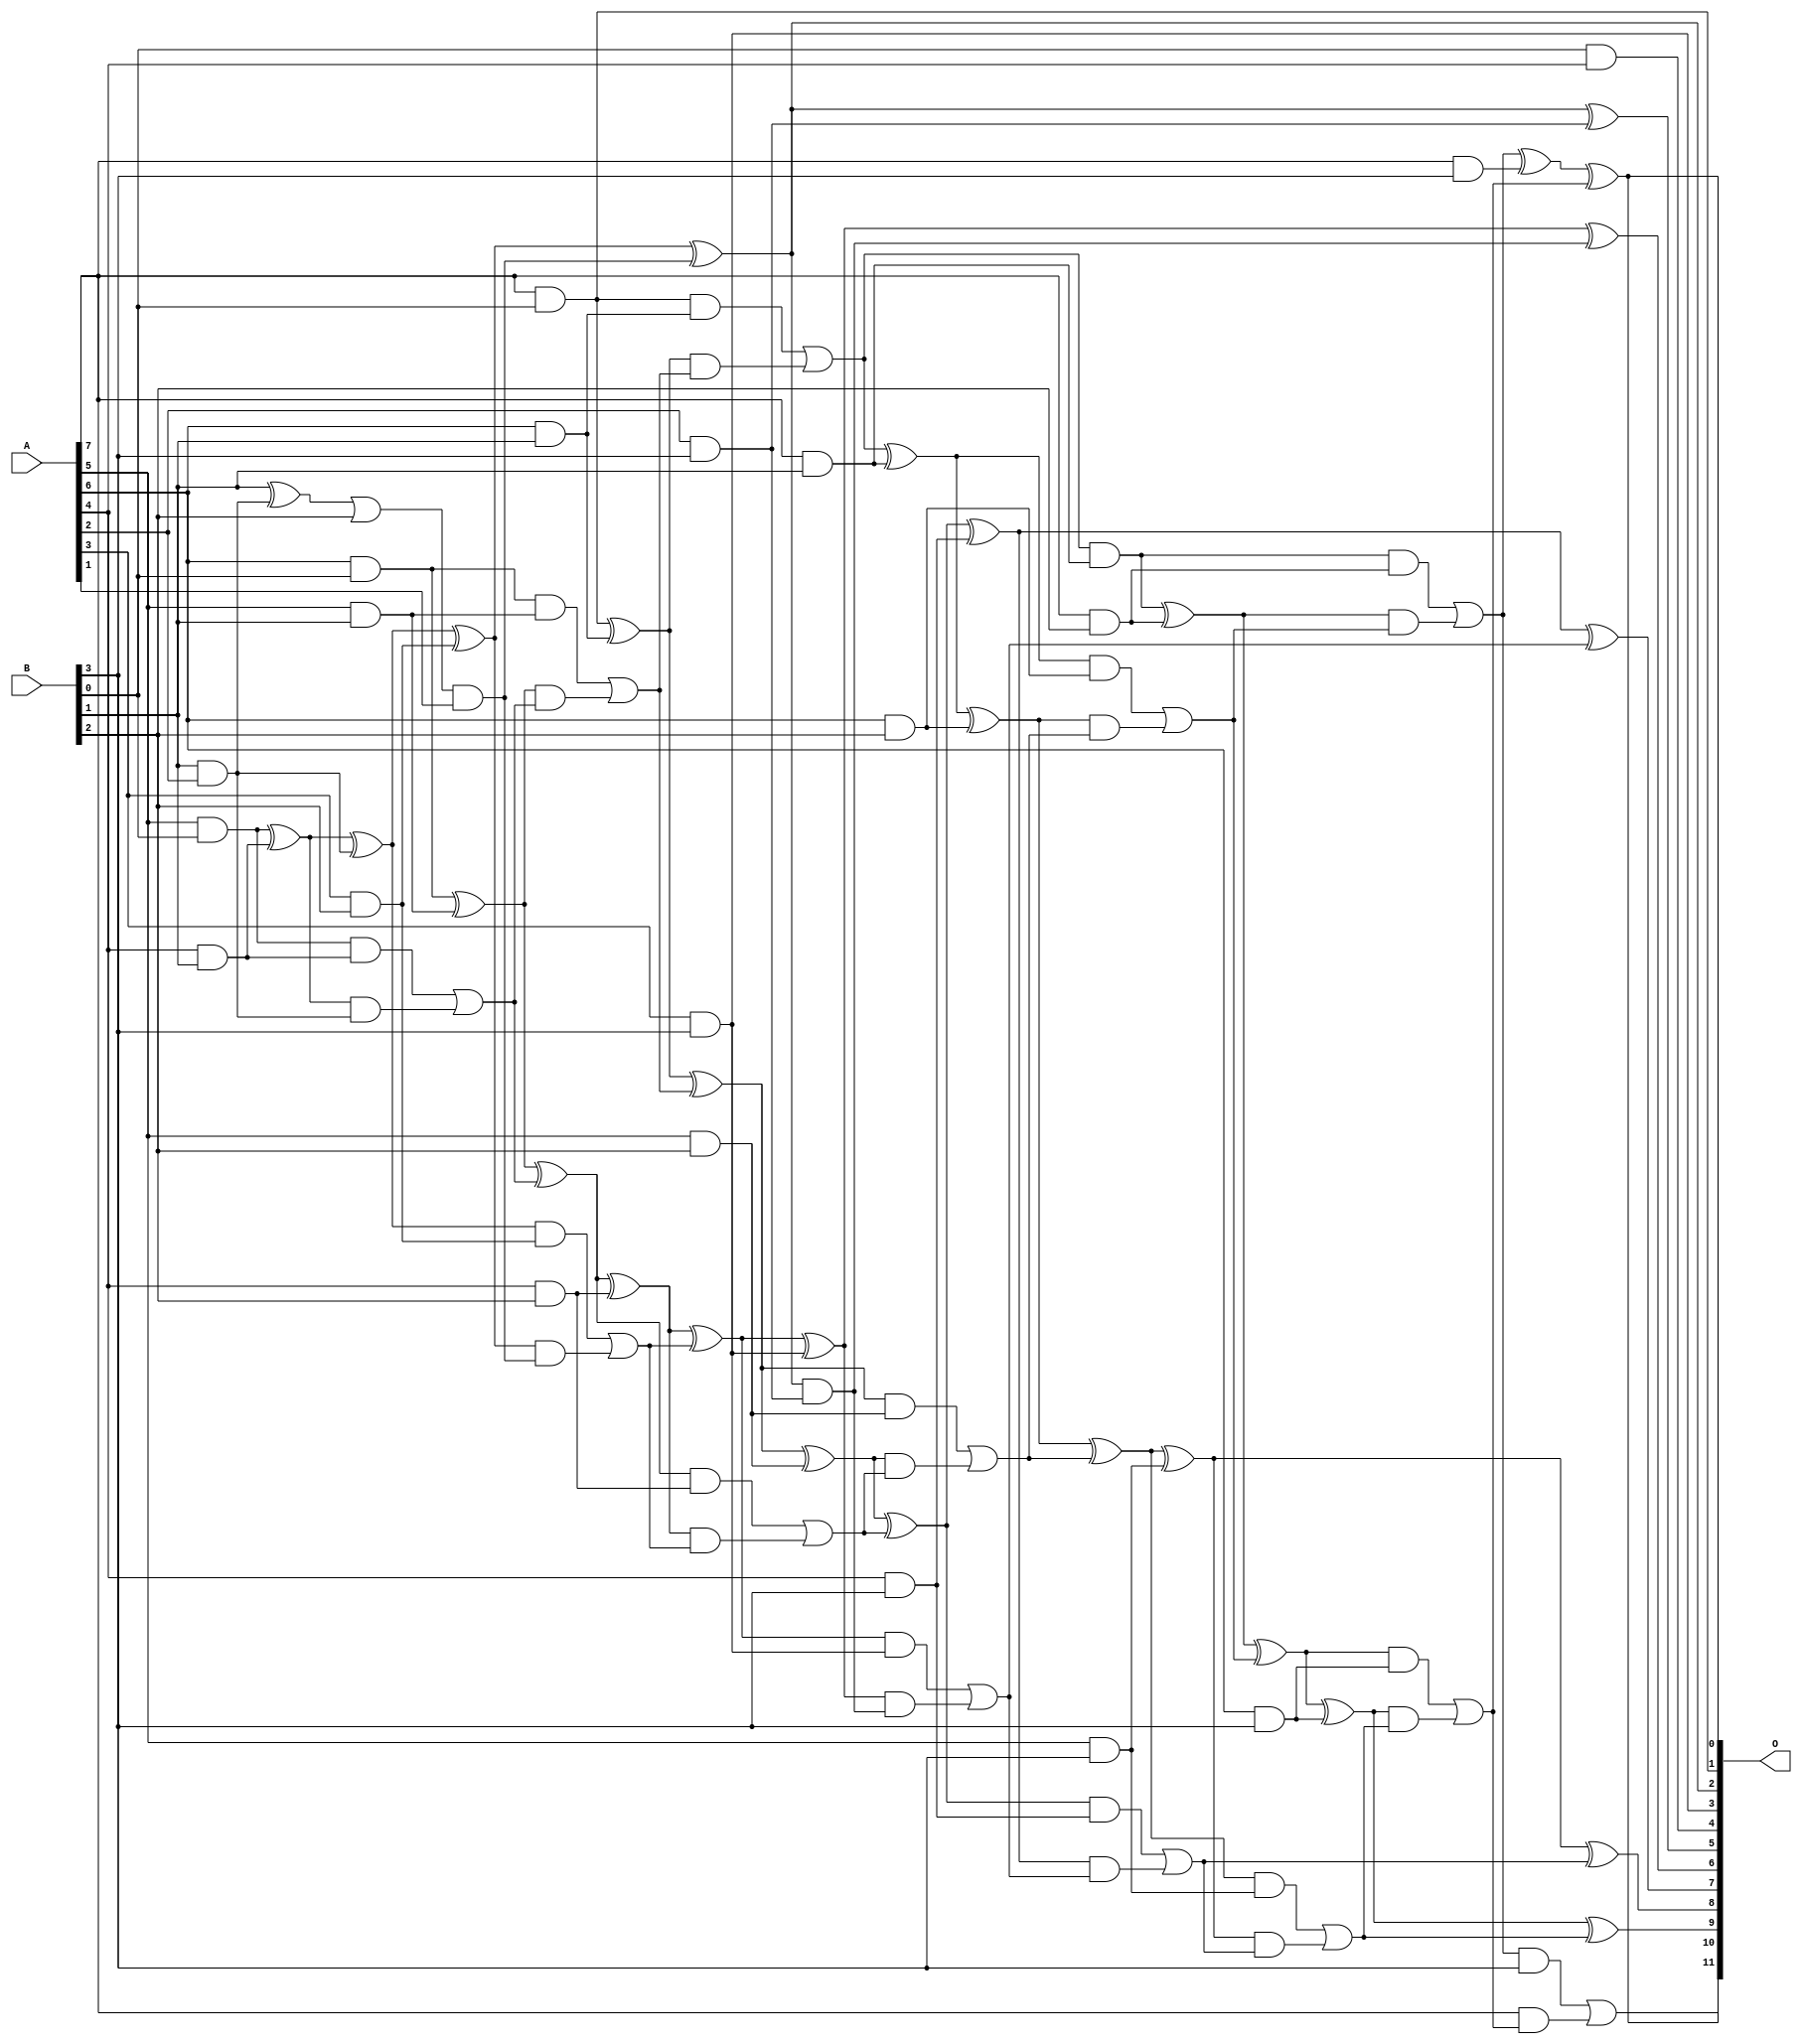
/***
* This code is a part of EvoApproxLib library (ehw.fit.vutbr.cz/approxlib) distributed under The MIT License.
* When used, please cite the following article(s): V. Mrazek, L. Sekanina, Z. Vasicek "Libraries of Approximate Circuits: Automated Design and Application in CNN Accelerators" IEEE Journal on Emerging and Selected Topics in Circuits and Systems, Vol 10, No 4, 2020 
* This file contains a circuit from a sub-set of pareto optimal circuits with respect to the pwr and wce parameters
***/
// MAE% = 0.26 %
// MAE = 11 
// WCE% = 0.81 %
// WCE = 33 
// WCRE% = 800.00 %
// EP% = 88.33 %
// MRE% = 5.76 %
// MSE = 189 
// PDK45_PWR = 0.092 mW
// PDK45_AREA = 205.6 um2
// PDK45_DELAY = 0.85 ns

module mul8x4u_29J (
    A,
    B,
    O
);

input [7:0] A;
input [3:0] B;
output [11:0] O;

wire sig_17,sig_18,sig_19,sig_24,sig_25,sig_26,sig_27,sig_32,sig_42,sig_43,sig_45,sig_46,sig_47,sig_48,sig_49,sig_50,sig_51,sig_52,sig_53,sig_54;
wire sig_55,sig_56,sig_57,sig_58,sig_59,sig_60,sig_61,sig_65,sig_66,sig_67,sig_68,sig_69,sig_77,sig_79,sig_82,sig_83,sig_84,sig_85,sig_86,sig_87;
wire sig_88,sig_89,sig_90,sig_91,sig_92,sig_93,sig_94,sig_95,sig_96,sig_97,sig_98,sig_99,sig_100,sig_101,sig_102,sig_103,sig_104,sig_105,sig_106,sig_109;
wire sig_110,sig_111,sig_112,sig_113,sig_114,sig_122,sig_123,sig_127,sig_128,sig_129,sig_130,sig_131,sig_132,sig_133,sig_134,sig_135,sig_136,sig_137,sig_138,sig_139;
wire sig_140,sig_141,sig_142,sig_143,sig_144,sig_145,sig_146,sig_147,sig_148,sig_149,sig_150,sig_151;

assign sig_17 = A[5] & B[0];
assign sig_18 = A[6] & B[0];
assign sig_19 = A[7] & B[0];
assign sig_24 = A[4] & B[1];
assign sig_25 = A[5] & B[1];
assign sig_26 = A[6] & B[1];
assign sig_27 = A[7] & B[1];
assign sig_32 = B[0] & A[4];
assign sig_42 = B[1] & A[2];
assign sig_43 = B[1] ^ sig_42;
assign sig_45 = sig_17 ^ sig_24;
assign sig_46 = sig_17 & sig_24;
assign sig_47 = sig_45 & sig_42;
assign sig_48 = sig_45 ^ sig_42;
assign sig_49 = sig_46 | sig_47;
assign sig_50 = sig_18 ^ sig_25;
assign sig_51 = sig_18 & sig_25;
assign sig_52 = sig_50 & sig_49;
assign sig_53 = sig_50 ^ sig_49;
assign sig_54 = sig_51 | sig_52;
assign sig_55 = sig_19 ^ sig_26;
assign sig_56 = sig_19 & sig_26;
assign sig_57 = sig_55 & sig_54;
assign sig_58 = sig_55 ^ sig_54;
assign sig_59 = sig_56 | sig_57;
assign sig_60 = sig_59 & sig_27;
assign sig_61 = sig_59 ^ sig_27;
assign sig_65 = A[3] & B[2];
assign sig_66 = A[4] & B[2];
assign sig_67 = A[5] & B[2];
assign sig_68 = A[6] & B[2];
assign sig_69 = A[7] & B[2];
assign sig_77 = sig_43 | B[2];
assign sig_79 = sig_77 & A[1];
assign sig_82 = sig_48 ^ sig_65;
assign sig_83 = sig_48 & sig_65;
assign sig_84 = sig_82 & sig_79;
assign sig_85 = sig_82 ^ sig_79;
assign sig_86 = sig_83 | sig_84;
assign sig_87 = sig_53 ^ sig_66;
assign sig_88 = sig_53 & sig_66;
assign sig_89 = sig_87 & sig_86;
assign sig_90 = sig_87 ^ sig_86;
assign sig_91 = sig_88 | sig_89;
assign sig_92 = sig_58 ^ sig_67;
assign sig_93 = sig_58 & sig_67;
assign sig_94 = sig_92 & sig_91;
assign sig_95 = sig_92 ^ sig_91;
assign sig_96 = sig_93 | sig_94;
assign sig_97 = sig_61 ^ sig_68;
assign sig_98 = sig_61 & sig_68;
assign sig_99 = sig_97 & sig_96;
assign sig_100 = sig_97 ^ sig_96;
assign sig_101 = sig_98 | sig_99;
assign sig_102 = sig_60 ^ sig_69;
assign sig_103 = sig_60 & sig_69;
assign sig_104 = sig_102 & sig_101;
assign sig_105 = sig_102 ^ sig_101;
assign sig_106 = sig_103 | sig_104;
assign sig_109 = A[2] & B[3];
assign sig_110 = A[3] & B[3];
assign sig_111 = A[4] & B[3];
assign sig_112 = A[5] & B[3];
assign sig_113 = A[6] & B[3];
assign sig_114 = A[7] & B[3];
assign sig_122 = sig_85 ^ sig_109;
assign sig_123 = sig_85 & sig_109;
assign sig_127 = sig_90 ^ sig_110;
assign sig_128 = sig_90 & sig_110;
assign sig_129 = sig_127 & sig_123;
assign sig_130 = sig_127 ^ sig_123;
assign sig_131 = sig_128 | sig_129;
assign sig_132 = sig_95 ^ sig_111;
assign sig_133 = sig_95 & sig_111;
assign sig_134 = sig_132 & sig_131;
assign sig_135 = sig_132 ^ sig_131;
assign sig_136 = sig_133 | sig_134;
assign sig_137 = sig_100 ^ sig_112;
assign sig_138 = sig_100 & sig_112;
assign sig_139 = sig_137 & sig_136;
assign sig_140 = sig_137 ^ sig_136;
assign sig_141 = sig_138 | sig_139;
assign sig_142 = sig_105 ^ sig_113;
assign sig_143 = sig_105 & sig_113;
assign sig_144 = sig_142 & sig_141;
assign sig_145 = sig_142 ^ sig_141;
assign sig_146 = sig_143 | sig_144;
assign sig_147 = sig_106 ^ sig_114;
assign sig_148 = sig_106 & B[3];
assign sig_149 = A[7] & sig_146;
assign sig_150 = sig_147 ^ sig_146;
assign sig_151 = sig_148 | sig_149;

assign O[11] = sig_151;
assign O[10] = sig_150;
assign O[9] = sig_145;
assign O[8] = sig_140;
assign O[7] = sig_135;
assign O[6] = sig_130;
assign O[5] = sig_122;
assign O[4] = sig_32;
assign O[3] = sig_110;
assign O[2] = sig_85;
assign O[1] = sig_19;
assign O[0] = sig_150;

endmodule